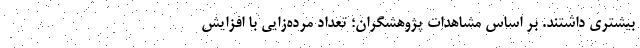
بیشتری داشتند. بر اساس مشاهدات پژوهشگران؛ تعداد مرده‌زایی با افزایش